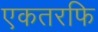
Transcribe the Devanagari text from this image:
एकतरफि